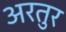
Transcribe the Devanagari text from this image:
अरतुर